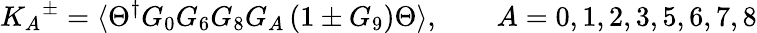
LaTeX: {K_{A}}^{\pm}=\langle\Theta^{\dagger}G_{0}G_{6}G_{8}G_{A}\left(1\pm G_{9}\right)\Theta\rangle,\qquad A=0,1,2,3,5,6,7,8